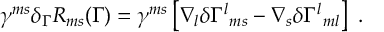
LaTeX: \gamma ^ { m s } \delta _ { \Gamma } R _ { m s } ( \Gamma ) = \gamma ^ { m s } \left[ \nabla _ { l } \delta \Gamma ^ { l } { } _ { m s } - \nabla _ { s } \delta \Gamma ^ { l } { } _ { m l } \right] \ .